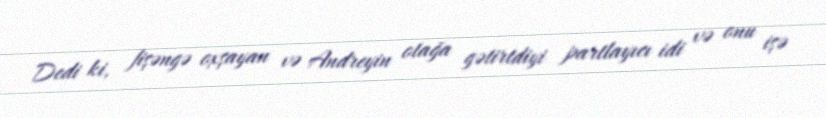
Dedi ki, fişəngə oxşayan və Andreyin otağa gətirtdiyi partlayıcı idi və onu işə